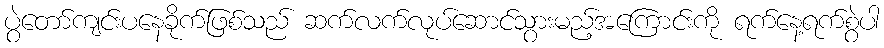
ပွဲတော်ကျင်းပနေခိုက်ဖြစ်သည် ဆက်လက်လုပ်ဆောင်သွားမည့်အကြောင်းကို ရက်နေ့ရက်စွဲပါ